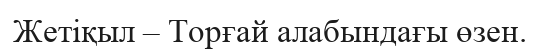
Жетіқыл – Торғай алабындағы өзен.